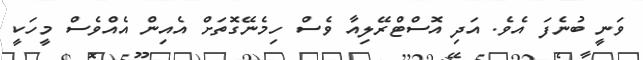
ވަނީ ބުނެފަ އެވެ. އަދި އޮސްޓްރޭލިއާ ވެސް ހިމެނޭގޮތަށް އެއިން އެއްވެސް މީހަކީ